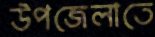
উপজেলাতে